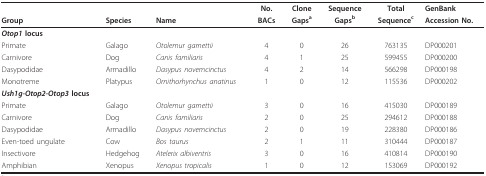
<table><thead><tr><td></td><td></td><td></td><td><b>No.</b></td><td><b>Clone</b></td><td><b>Sequence</b></td><td><b>Total</b></td><td><b>GenBank</b></td></tr><tr><td><b>Group</b></td><td><b>Species</b></td><td><b>Name</b></td><td><b>BACs</b></td><td><b>Gaps<sup>a</sup></b></td><td><b>Gaps<sup>b</sup></b></td><td><b>Sequence<sup>c</sup></b></td><td><b>Accession No.</b></td></tr></thead><tbody><tr><td><b><i>Otop1 </i>locus</b></td><td></td><td></td><td></td><td></td><td></td><td></td><td></td></tr><tr><td>Primate</td><td>Galago</td><td><i>Otolemur garnettii</i></td><td>4</td><td>0</td><td>26</td><td>763135</td><td>DP000201</td></tr><tr><td>Carnivore</td><td>Dog</td><td><i>Canis familiaris</i></td><td>4</td><td>1</td><td>25</td><td>599455</td><td>DP000200</td></tr><tr><td>Dasypodidae</td><td>Armadillo</td><td><i>Dasypus novemcinctus</i></td><td>4</td><td>2</td><td>14</td><td>566298</td><td>DP000198</td></tr><tr><td>Monotreme</td><td>Platypus</td><td><i>Ornithorhynchus anatinus</i></td><td>1</td><td>0</td><td>12</td><td>115536</td><td>DP000202</td></tr><tr><td><b><i>Ush1g-Otop2-Otop3 </i>locus</b></td><td></td><td></td><td></td><td></td><td></td><td></td><td></td></tr><tr><td>Primate</td><td>Galago</td><td><i>Otolemur garnettii</i></td><td>3</td><td>0</td><td>16</td><td>415030</td><td>DP000189</td></tr><tr><td>Carnivore</td><td>Dog</td><td><i>Canis familiaris</i></td><td>2</td><td>0</td><td>25</td><td>294612</td><td>DP000188</td></tr><tr><td>Dasypodidae</td><td>Armadillo</td><td><i>Dasypus novemcinctus</i></td><td>2</td><td>0</td><td>19</td><td>228380</td><td>DP000186</td></tr><tr><td>Even-toed ungulate</td><td>Cow</td><td><i>Bos taurus</i></td><td>2</td><td>1</td><td>11</td><td>310444</td><td>DP000187</td></tr><tr><td>Insectivore</td><td>Hedgehog</td><td><i>Atelerix albiventris</i></td><td>3</td><td>0</td><td>16</td><td>410814</td><td>DP000190</td></tr><tr><td>Amphibian</td><td>Xenopus</td><td><i>Xenopus tropicalis</i></td><td>1</td><td>0</td><td>12</td><td>153069</td><td>DP000192</td></tr></tbody></table>